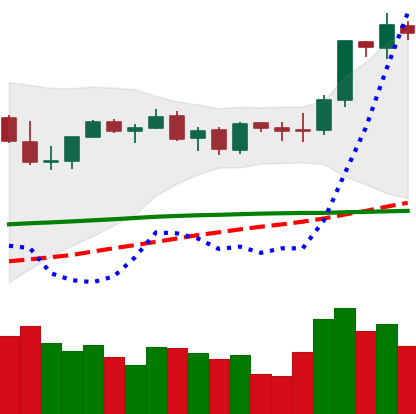
Ticker: ETH-USD
Chart end date: 2021-09-04
Forward return: -11.844%
Label: down_7plus